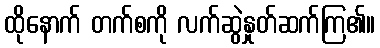
ထိုနောက် တက်စကို လက်ဆွဲနှုတ်ဆက်ကြ၏။